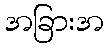
အခြားအ